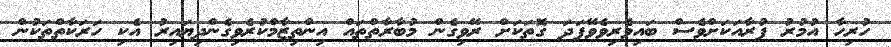
ހުރިހާ އުމުރު ފުރާއަކަށްވެސް ބައިވެރިވެވޭފަދަ ގޮތަކަށް ރޭވިގެން މުބާރާތްތައް އިންތިޒާމްކުރެވިގެންދިޔައިރު އެކި ހަރަކާތްތަކުން